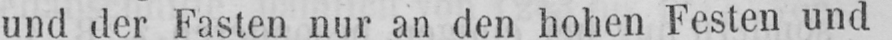
und der Fasten nur an den hohen Festen und